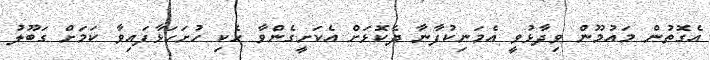
އެގޮތުން މައުމޫން ވިދާޅުވީ އެމަނިކުފާނާ ދެކޮޅަށް އެކަށީގެންވާ ހެކި ހުށަހަޅާފައިވާ ކަމަށް ގަބޫލު